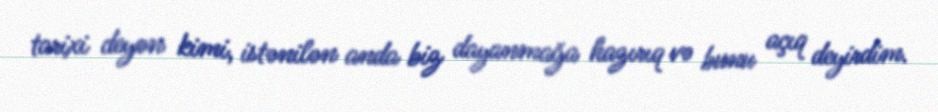
tarixi deyən kimi, istənilən anda biz dayanmağa hazırıq və bunu açıq deyirdim.